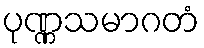
ပုဏ္ဏသမာဂတံ